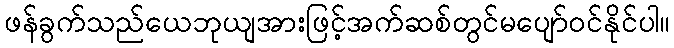
ဖန်ခွက်သည်ယေဘုယျအားဖြင့်အက်ဆစ်တွင်မပျော်ဝင်နိုင်ပါ။